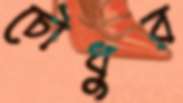
চৌধুর